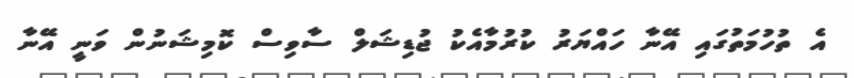
އެ ތުހުމަތުގައި އޭނާ ހައްޔަރު ކުރުމާއެކު ޖުޑިޝަލް ސާވިސް ކޮމިޝަނުން ވަނީ އޭނާ